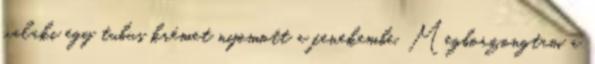
valaki egy tubus krémet nyomott a fenekembe. Megborzongtam a